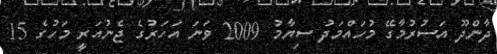
ދާންދޫ އަސުރުމާގޭ މުހައްމަދު ސިޔާމު 2009 ވަނަ އަހަރުގެ ޖެނުއަރީ މަހުގެ 15